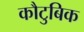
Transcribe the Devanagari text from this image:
कौटुबिक